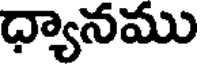
ధ్యానము